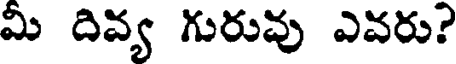
మీ దివ్య గురువు ఎవరు?